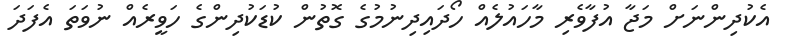
އެކުދިންނަށް މަޖާ އުފާވެރި މާހައުލެއް ހޯދައިދިނުމުގެ ގޮތުން ކުޑަކުދިންގެ ހަވީރެއް ނުވަތަ އެފަދަ